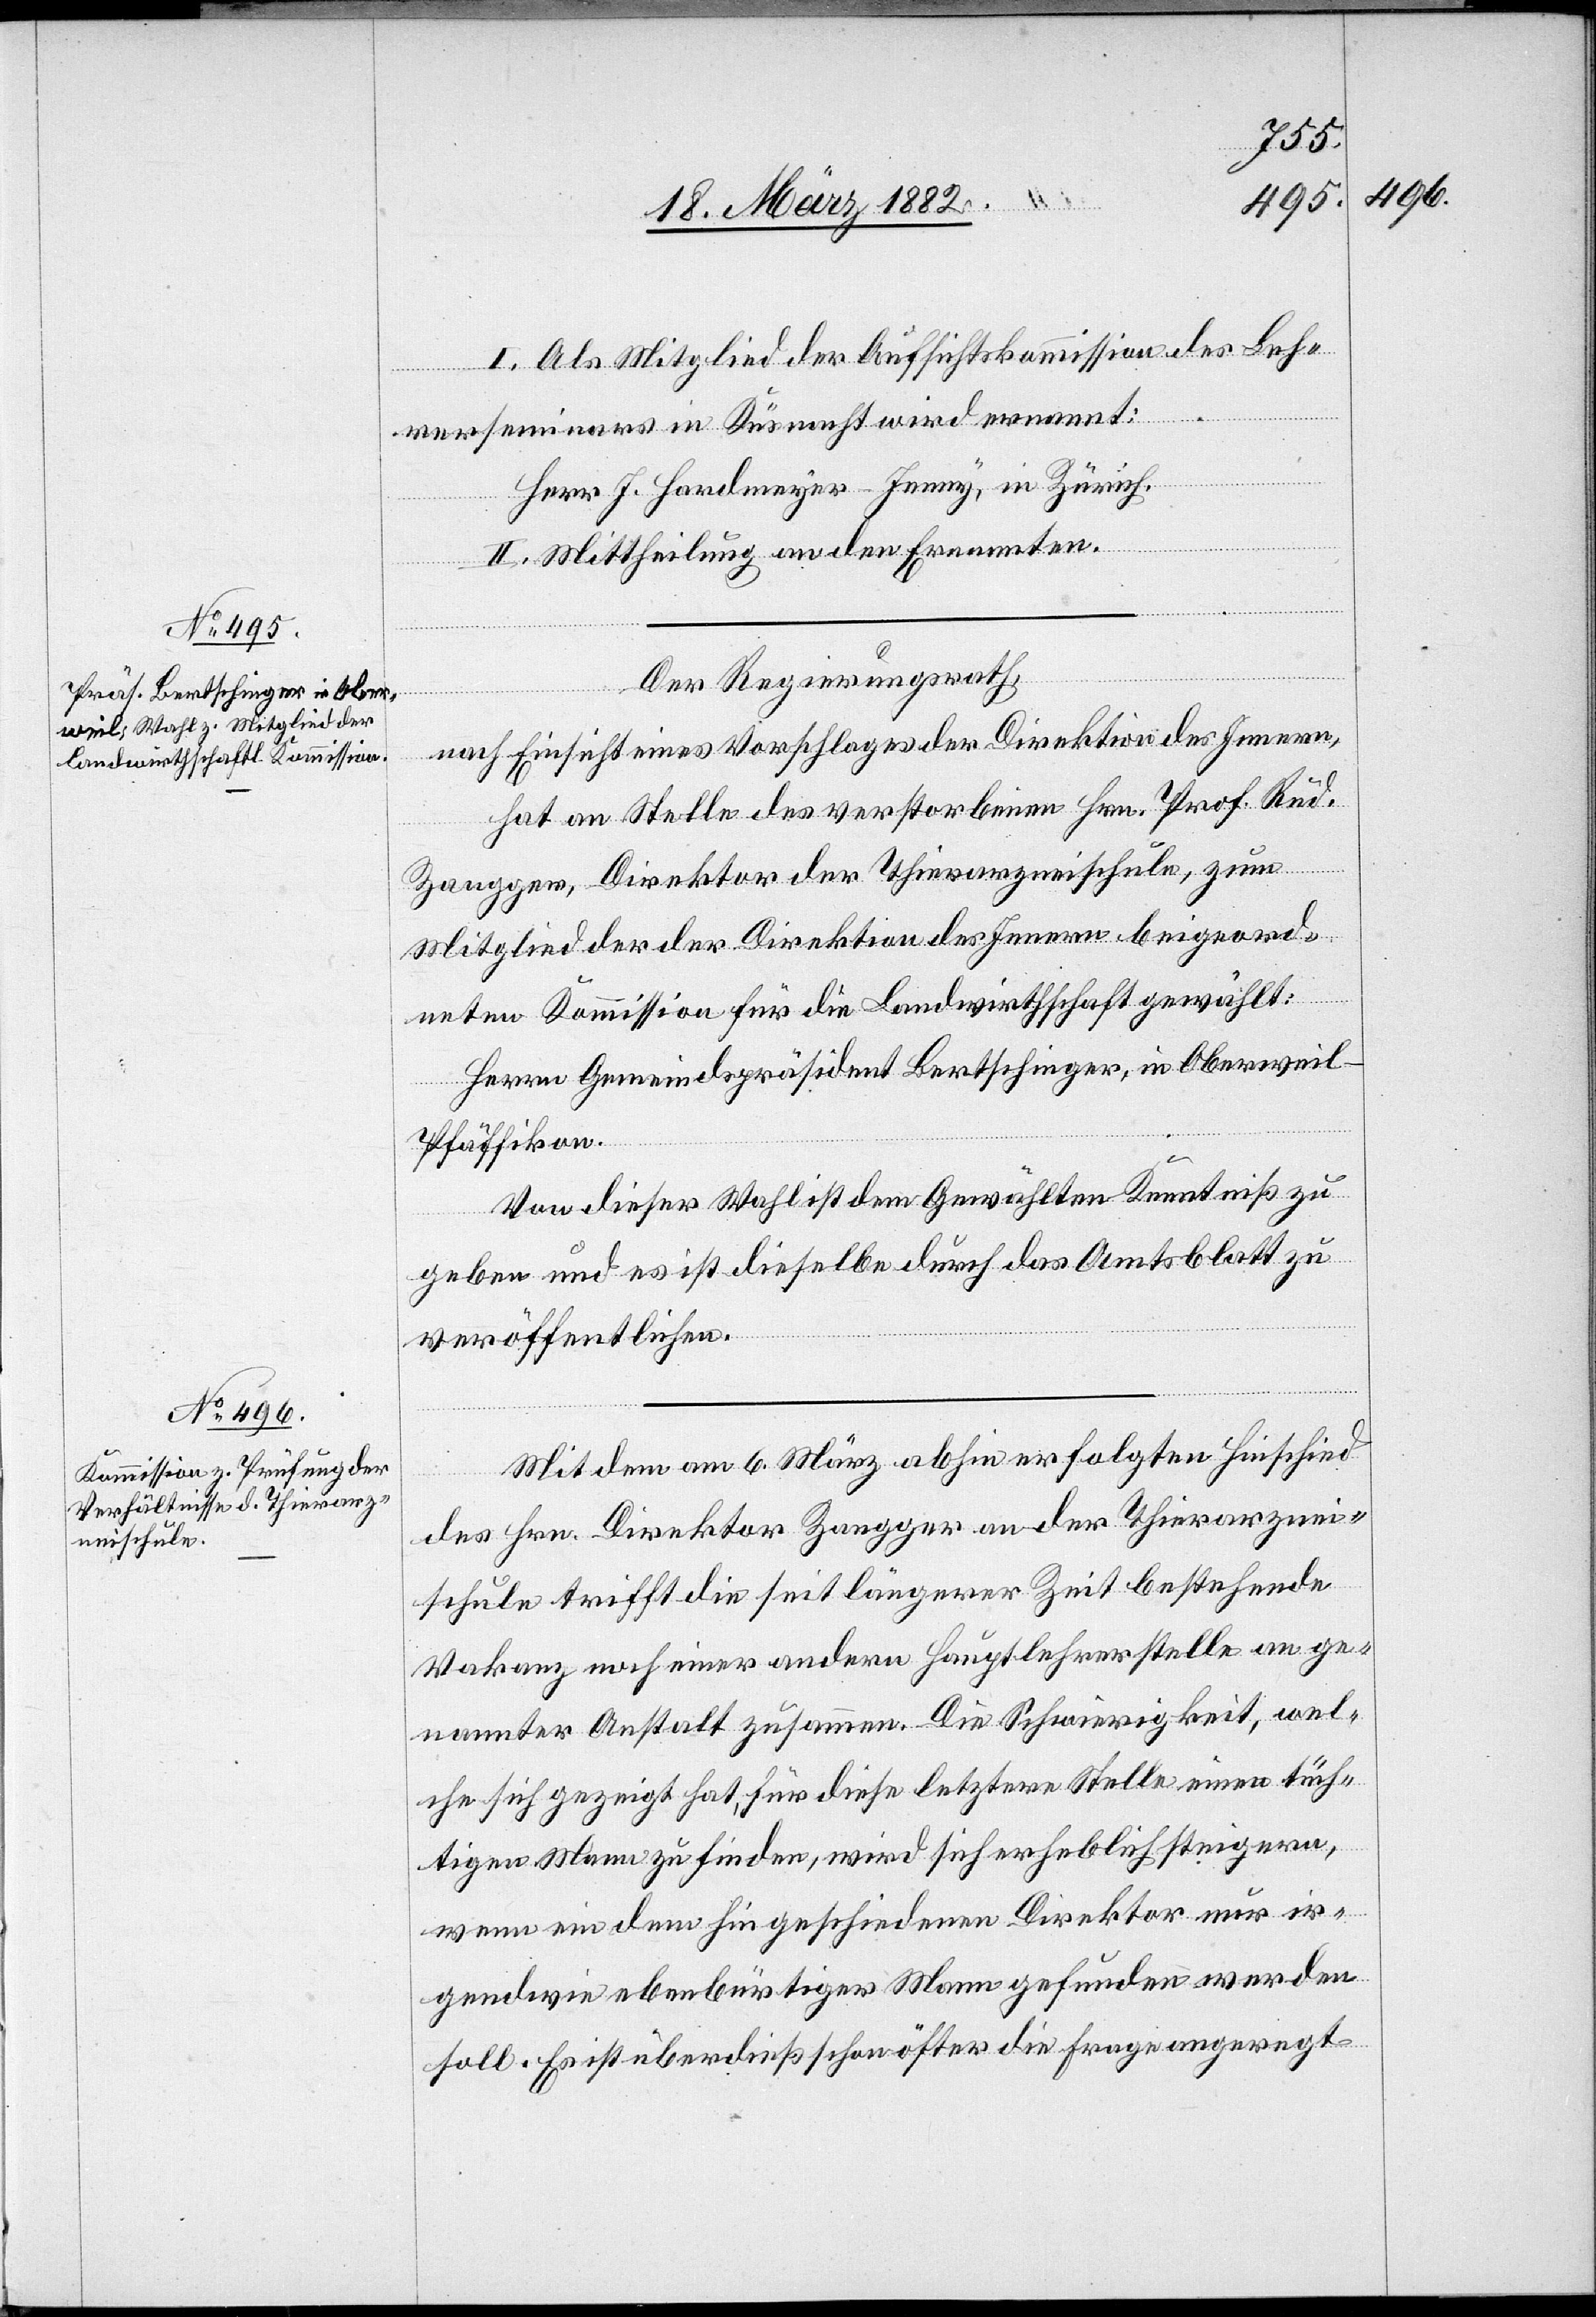
I. Als Mitglied der Aufsichtskommission des Lehr¬
erseminars in Küsnacht wird ernannt:
Herr J. Hardmeier-Jenny, in Zürich.
II. Mittheilung an den Ernannten.
Der Regierungsrath,
nach Einsicht eines Vorschlages der Direktion des Innern,
hat an Stelle des verstorbenen Hrn. Prof. Rud.
Zangger, Direktor der Thierarzneischule, zum
Mitglied der der Direktion des Innern beigeord¬
neten Kommission für die Landwirthschaft gewählt:
Herrn Gemeindspräsident Bertschinger, in Oberweil
Pfäffikon.
Von dieser Wahl ist dem Gewählten Kenntniß zu
geben und es ist dieselbe durch das Amtsblatt zu
veröffentlichen.
Mit dem am 6. März abhin erfolgten Hinschied
des Hrn. Direktor Zangger an der Thierarznei¬
schule trifft die seit längerer Zeit bestehende
Vakanz nach einer anderen Hauptlehrerstelle an ge¬
nannter Anstalt zusammen. Die Schwierigkeit, wel¬
che sich gezeigt hat, für diese letztere Stelle einen tüch¬
tigen Mann zu finden, wird sich erheblich steigern,
wenn ein dem hingeschiedenen Direktor nur ir¬
gendwie ebenbürtiger Mann gefunden werden
soll. Es ist überdieß schon öfter die Frage angeregt